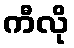
ကီလို